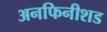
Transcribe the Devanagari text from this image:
अनफिनीशड